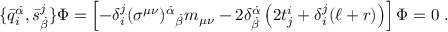
\{ \bar { q } _ { i } ^ { \dot { \alpha } } , \bar { s } _ { \dot { \beta } } ^ { j } \} \Phi = \left[ - \delta _ { i } ^ { j } ( \sigma ^ { \mu \nu } ) ^ { \dot { \alpha } } { } _ { \dot { \beta } } m _ { \mu \nu } - 2 \delta _ { \dot { \beta } } ^ { \dot { \alpha } } \left( 2 t _ { j } ^ { i } + \delta _ { i } ^ { j } ( \ell + r ) \right) \right] \Phi = 0 \; .